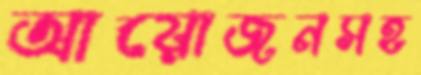
আয়োজনসহ